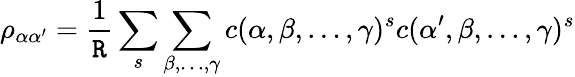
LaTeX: \rho_{\alpha\alpha^{\prime}}=\frac{1}{\tt R}\sum_{s}\sum_{\beta,\dots,\gamma}c(\alpha,\beta,\dots,\gamma)^{s}c(\alpha^{\prime},\beta,\dots,\gamma)^{s}